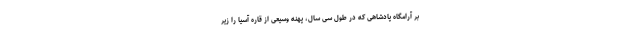
بر آرامگاه پادشاهی که در طول سی سال، پهنه وسیعی از قاره آسیا را زیر